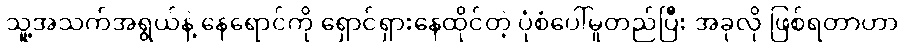
သူ့အသက်အရွယ်နဲ့ နေရောင်ကို ရှောင်ရှားနေထိုင်တဲ့ ပုံစံပေါ်မူတည်ပြီး အခုလို ဖြစ်ရတာဟာ